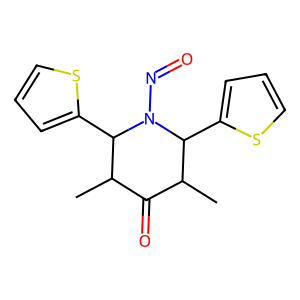
SMILES: CC1C(=O)C(C)C(c2cccs2)N(N=O)C1c1cccs1
Inhibits HIV replication: No